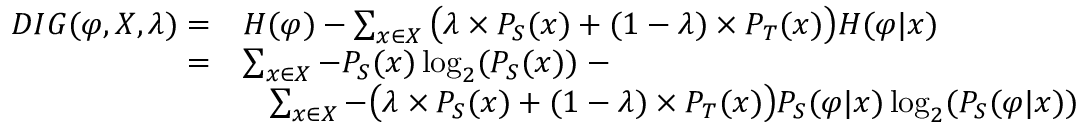
\begin{array} { r l } { D I G ( \varphi , X , \lambda ) = } & { H ( \varphi ) - \sum _ { x \in X } \big ( \lambda \times P _ { S } ( x ) + ( 1 - \lambda ) \times P _ { T } ( x ) \big ) H ( \varphi | x ) } \\ { = } & { \sum _ { x \in X } - P _ { S } ( x ) \log _ { 2 } ( P _ { S } ( x ) ) \; - } \\ & { \; \; \; \sum _ { x \in X } - \big ( \lambda \times P _ { S } ( x ) + ( 1 - \lambda ) \times P _ { T } ( x ) \big ) P _ { S } ( \varphi | x ) \log _ { 2 } ( P _ { S } ( \varphi | x ) ) } \end{array}